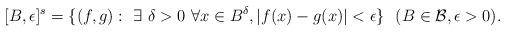
LaTeX: \begin{align*}[B,\epsilon]^s = \{(f,g): \ \exists~\delta>0 \ \forall x\in B^\delta, |f(x)-g(x)|< \epsilon\} \ \ (B \in \mathcal{B}, \epsilon > 0).\end{align*}